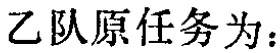
乙队原任务为：